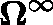
\mathbf { \Omega } ^ { \infty }